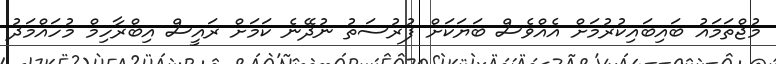
މުޖްތަމައު ބައިބައިކުރުމަށް އެއްވެސް ބަޔަކަށް ފުރުސަތު ނުދޭނެ ކަމަށް ރައީސް އިބްރާހިމް މުހައްމަދު